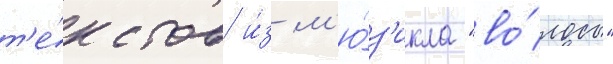
т'е́кстов и́з м'ю́з'икла "во́лосы"